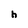
Character: h